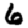
Digit: 6